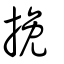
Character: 挽